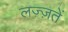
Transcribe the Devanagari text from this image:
लज़्ज़तें